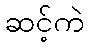
ဆင့်ကဲ